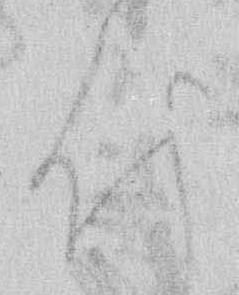
付